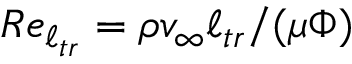
R e _ { \ell _ { t r } } = \rho v _ { \infty } \ell _ { t r } / ( \mu \Phi )